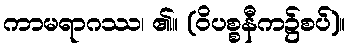
ကာမရာဂဿ၊ ၏။ (ဝိပစ္စနီက၌စပ်)။